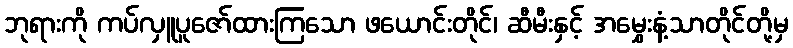
ဘုရားကို ကပ်လှူပူဇော်ထားကြသော ဖယောင်းတိုင်၊ ဆီမီးနှင့် အမွှေးနံ့သာတိုင်တို့မှ